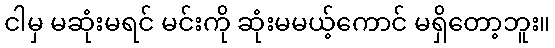
ငါမှ မဆုံးမရင် မင်းကို ဆုံးမမယ့်ကောင် မရှိတော့ဘူး။